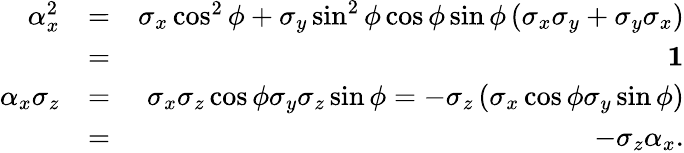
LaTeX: \begin{array}{rlr}{\alpha_{x}^{2}}&{=}&{\sigma_{x}\cos^{2}\phi+\sigma_{y}\sin^{2}\phi\cos\phi\sin\phi\left(\sigma_{x}\sigma_{y}+\sigma_{y}\sigma_{x}\right)}\\ &{=}&{{\mathbf 1}}\\ {\alpha_{x}\sigma_{z}}&{=}&{\sigma_{x}\sigma_{z}\cos\phi\sigma_{y}\sigma_{z}\sin\phi=-\sigma_{z}\left(\sigma_{x}\cos\phi\sigma_{y}\sin\phi\right)}\\ &{=}&{-\sigma_{z}\alpha_{x}.}\end{array}